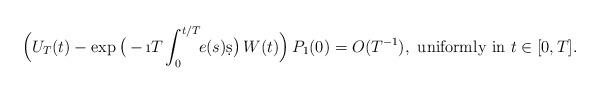
LaTeX: \begin{align*} \Big( U_T(t) - \exp\big(-\i T \int_{0}^{t/T} \!\! e(s) \d s \big)\, W(t)\Big)\, P_1(0) = O(T^{-1}), \ \mbox{uniformly in }t\in [0,T].\end{align*}